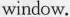
window.